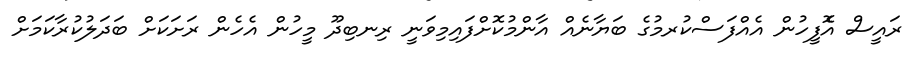
ރައީސް އެޮފީހުން އެއްފަސްކުރމުގެ ބަޔާނެއް އާންމުކޮށްފައިމިވަނީ ރިނބިދޫ މީހުން އެހެން ރަށަކަށް ބަދަލުކުރާކަމަށް